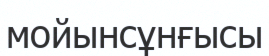
мойынсұнғысы